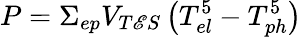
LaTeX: P=\Sigma_{ep}V_{T\mathscr{E}S}\left(T_{el}^{5}-T_{ph}^{5}\right)